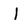
Character: I